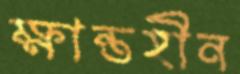
ক্ষান্তহীন